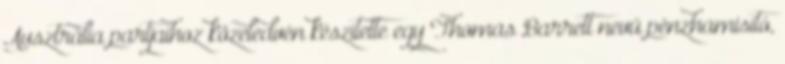
Ausztrália partjaihoz közeledvén készítette egy Thomas Barrett nevű pénzhamisító,